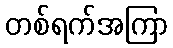
တစ်ရက်အကြာ